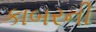
કાબરની